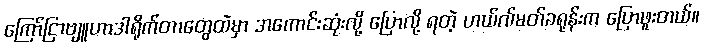
ကြော်ငြာဗျူဟာဒါရိုက်တာတွေထဲမှာ အကောင်းဆုံးလို့ ပြောလို့ ရတဲ့ ဟယ်လ်မတ်ခရုန်းက ပြောဖူးတယ်။